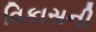
વિકાસની